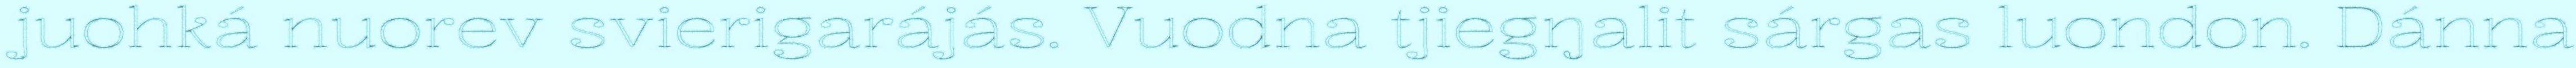
juohká nuorev svierigarájás. Vuodna tjiegŋalit sárgas luondon. Dánna